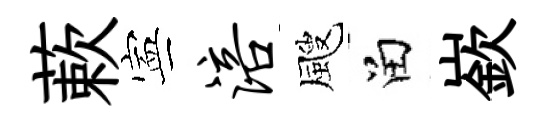
蔌寕涪颼留嶔